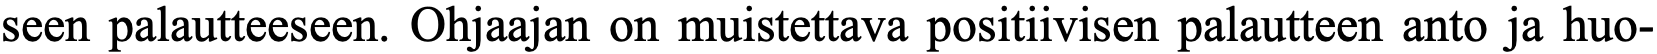
seen palautteeseen. Ohjaajan on muistettava positiivisen palautteen anto ja huo-